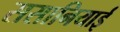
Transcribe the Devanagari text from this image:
ससानियाई